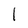
Character: 1